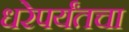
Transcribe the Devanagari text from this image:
धरेपर्यंतचा